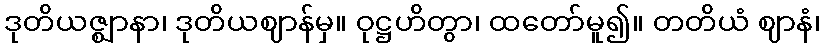
ဒုတိယဇ္ဈာနာ၊ ဒုတိယဈာန်မှ။ ဝုဋ္ဌဟိတွာ၊ ထတော်မူ၍။ တတိယံ ဈာနံ၊